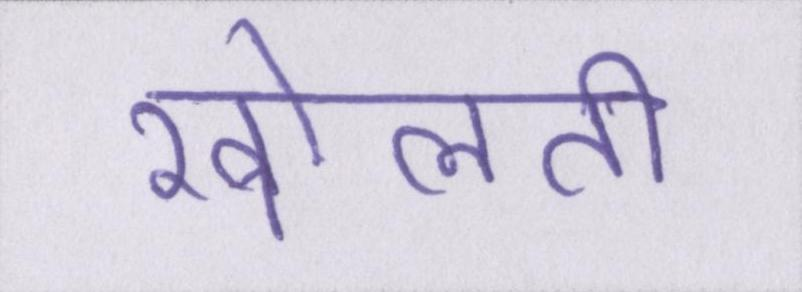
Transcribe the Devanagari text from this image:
खोलती